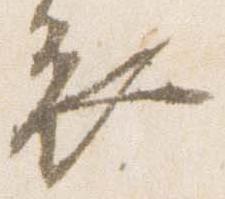
衣